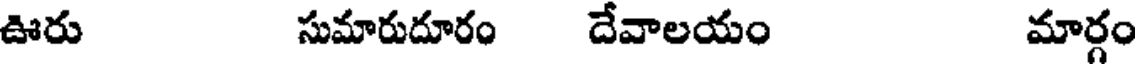
ఊరు సుమారుదూరం దేవాలయం మార్గం